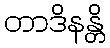
တာဒိနန္တိ